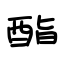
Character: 酯